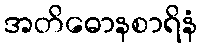
အတိဓောနစာရိနံ